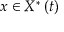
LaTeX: x \in X ^ { \ast } \left( t \right)